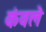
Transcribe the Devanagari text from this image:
कंवले